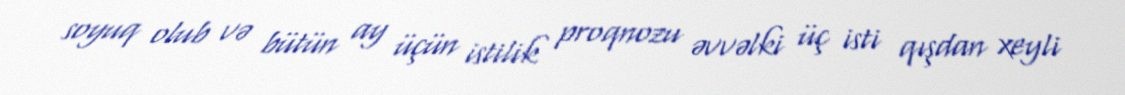
soyuq olub və bütün ay üçün istilik proqnozu əvvəlki üç isti qışdan xeyli